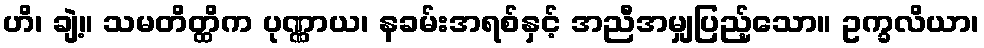
ဟိ၊ ချဲ့။ သမတိတ္ထိက ပုဏ္ဏာယ၊ နခမ်းအရစ်နှင့် အညီအမျှပြည့်သော။ ဥက္ခလိယာ၊